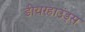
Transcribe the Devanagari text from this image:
डीयरहाउंड्स